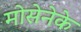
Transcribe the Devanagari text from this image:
मोसेनेके